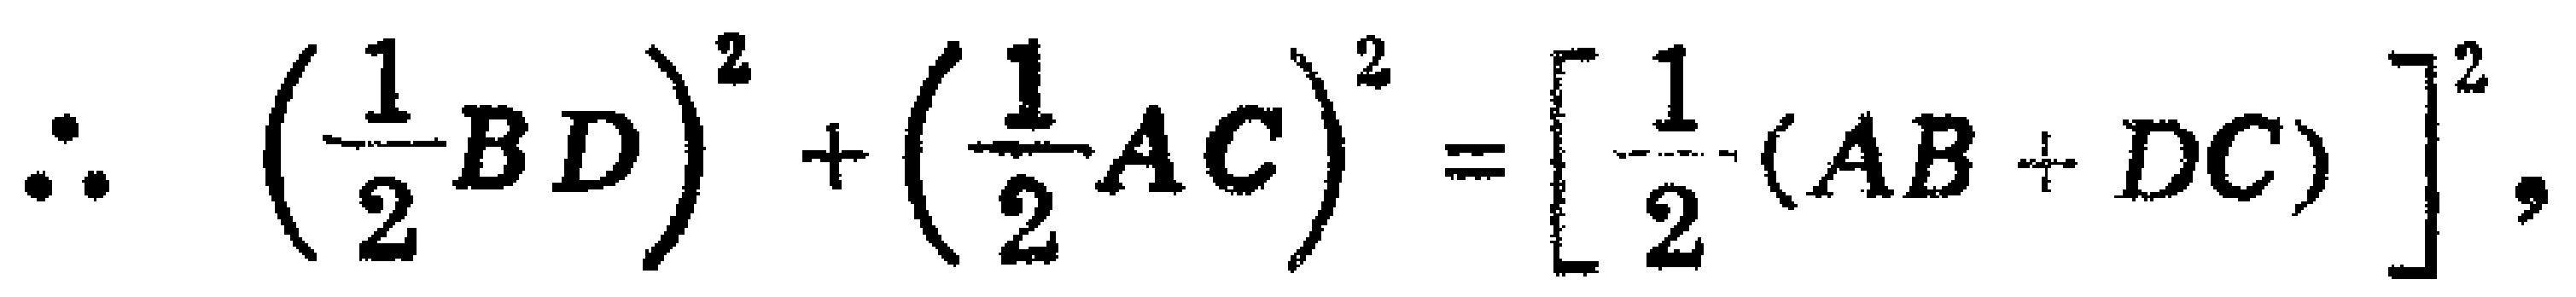
\(\therefore \left(\frac{1}{2}BD\right)^{2}+\left(\frac{1}{2}AC\right)^{2}=\left[\frac{1}{2}(AB + DC)\right]^{2},\)